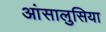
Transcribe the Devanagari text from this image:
आंसालुसिया